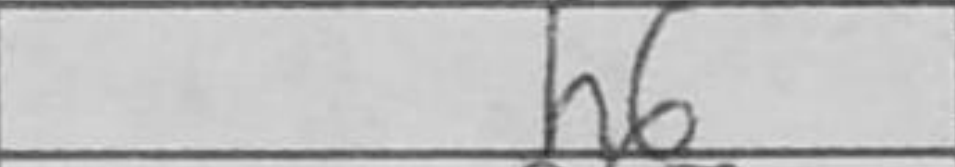
Transcription: h6